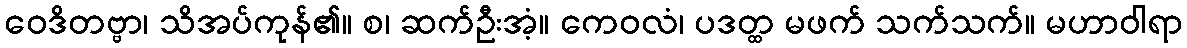
ဝေဒိတဗ္ဗာ၊ သိအပ်ကုန်၏။ စ၊ ဆက်ဦးအံ့။ ကေဝလံ၊ ပဒတ္ထ မဖက် သက်သက်။ မဟာဝါရာ